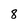
Character: 8